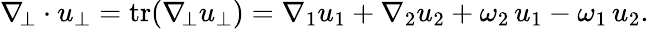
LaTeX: \begin{array}{r}{\nabla_{\! \bot}\cdot u_{\bot}=\operatorname{tr}(\nabla_{\! \bot}u_{\bot})=\nabla_{1}u_{1}+\nabla_{2}u_{2}+\omega_{2}\, u_{1}-\omega_{1}\, u_{2}.}\end{array}